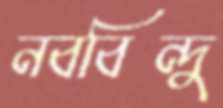
নববিন্দু